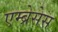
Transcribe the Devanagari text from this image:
एम्ब्रेसेस